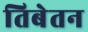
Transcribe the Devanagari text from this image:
तिबेतन